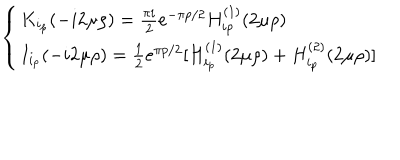
\left\{ \begin{array} { l l } { { K _ { i _ { p } } ( - i 2 \mu \rho ) = \frac { \pi i } { 2 } e ^ { - \pi p / 2 } H _ { i p } ^ { ( 1 ) } ( 2 \mu \rho ) } } & { { } } \\ { { I _ { i _ { p } } ( - i 2 \mu \rho ) = \frac { 1 } { 2 } e ^ { \pi p / 2 } [ H _ { i _ { p } } ^ { ( 1 ) } ( 2 \mu \rho ) + H _ { i _ { p } } ^ { ( 2 ) } ( 2 \mu \rho ) ] } } \\ \end{array} \right.